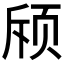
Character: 𬱘